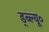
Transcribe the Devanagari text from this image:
ड्ब्ल्यू०